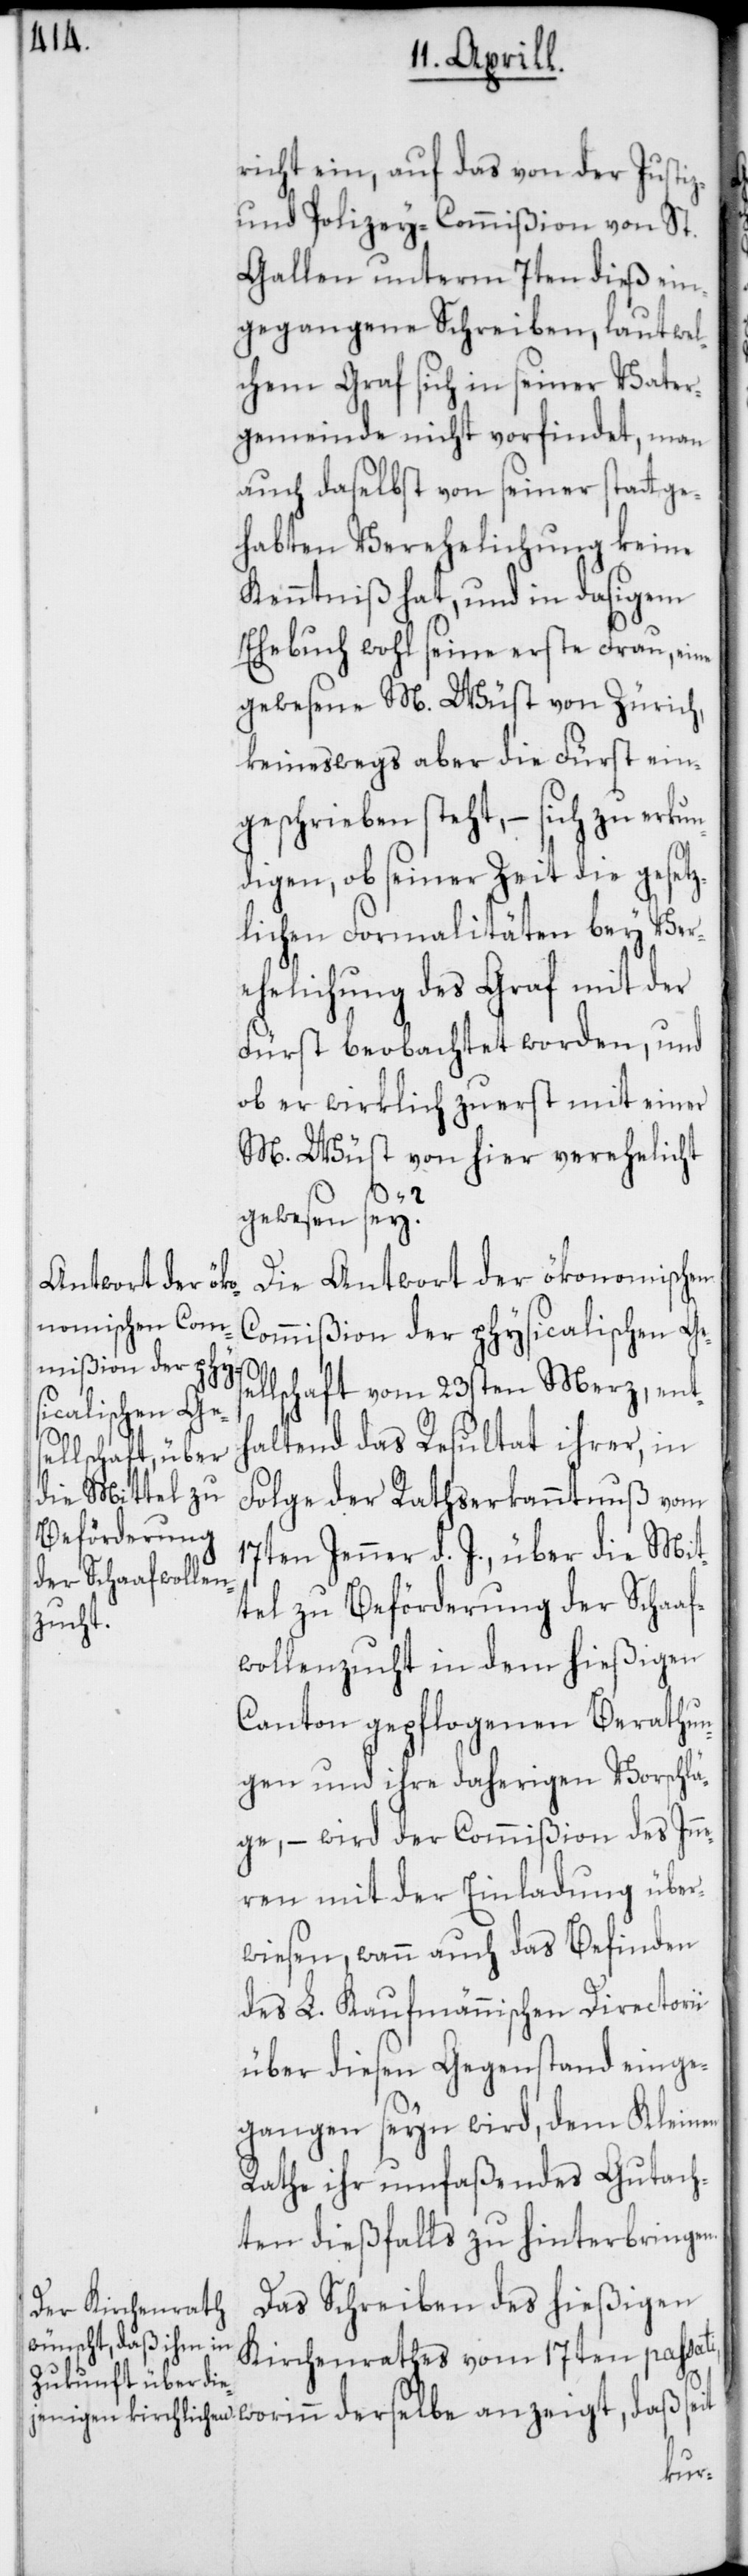
ti,

richt ein, auf das von der Justiz-
und Polizey-Commißion von St.
Gallen unterm 7ten dieß ein¬
gegangene Schreiben, laut wel¬
chem Graf sich in seiner Vater¬
gemeinde nicht vorfindet, man
auch daselbst von seiner stattge¬
habten Verehelichung keine
Kenntniß hat, und in dasigem
Ehebuch wohl seine erste Frau, eine
gewesene M. Wüst von Zürich,
keineswegs aber die Fürst ein¬
geschrieben steht, – sich zu erku¬
ndigen, ob seiner Zeit die gesetz¬
lichen Formalitäten bey Ver¬
ehelichung des Graf mit der
Fürst beobachtet worden, und
ob er wirklich zuerst mit einer
M. Wüst von hier verehelicht
gewesen sey?
Die Antwort der ökonomischen
Commißion der physicalischen Ges¬
ellschaft vom 23sten Merz, ent¬
haltend das Resultat ihrer, in
Folge der Rathserkanntnuß vom
17ten Jenner d. J., über die Mit¬
tel zu Beförderung der Schaaf¬
wollenzucht in dem hießigen
Canton gepflogenen Berathun¬
gen und ihre daherigen Vorschlä¬
ge, – wird der Commißion des Inn¬
eren mit der Einladung über¬
wiesen, wann auch das Befinden
des L. Kaufmännischen Directorii
über diesen Gegenstand einge¬
gangen seyn wird, dem Kleinen
Rathe ihr umfaßendes Gutach¬
ten dießfalls zu hinterbringen.
Das Schreiben des hießigen
Kirchenrathes vom 17ten passa¬